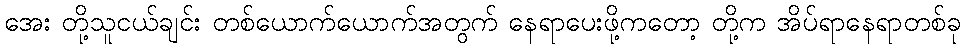
အေး တို့သူငယ်ချင်း တစ်ယောက်ယောက်အတွက် နေရာပေးဖို့ကတော့ တို့က အိပ်ရာနေရာတစ်ခု